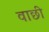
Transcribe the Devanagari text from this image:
वाछी